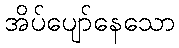
အိပ်ပျော်နေသော